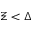
\Xi < \Delta